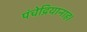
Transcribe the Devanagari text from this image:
पंचेद्रियानाह।